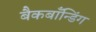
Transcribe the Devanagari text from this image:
बैकबॉंन्डिंग